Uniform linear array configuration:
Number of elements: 24
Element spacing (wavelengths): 0.5
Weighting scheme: hann
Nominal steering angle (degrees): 45
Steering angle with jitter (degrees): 43.418
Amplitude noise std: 0.05
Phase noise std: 0.05

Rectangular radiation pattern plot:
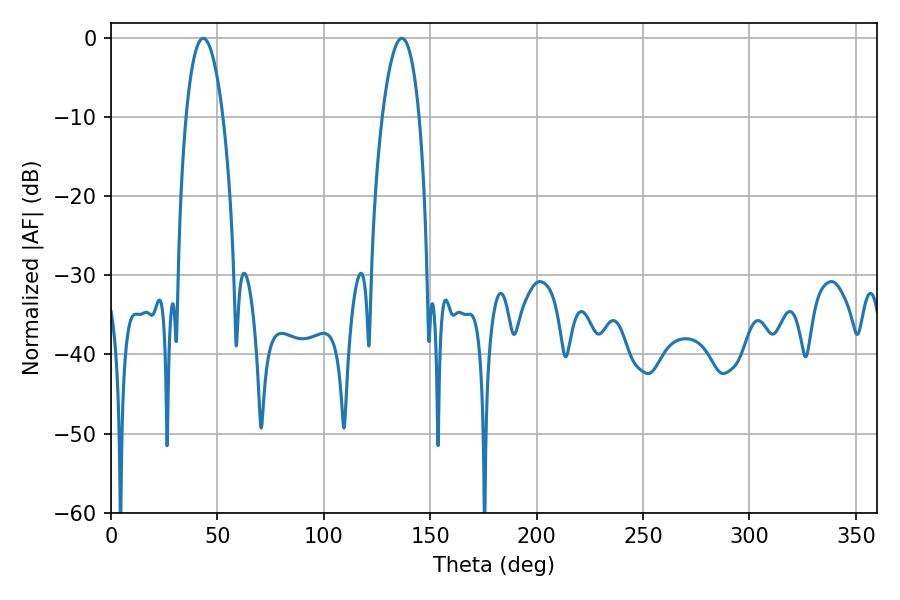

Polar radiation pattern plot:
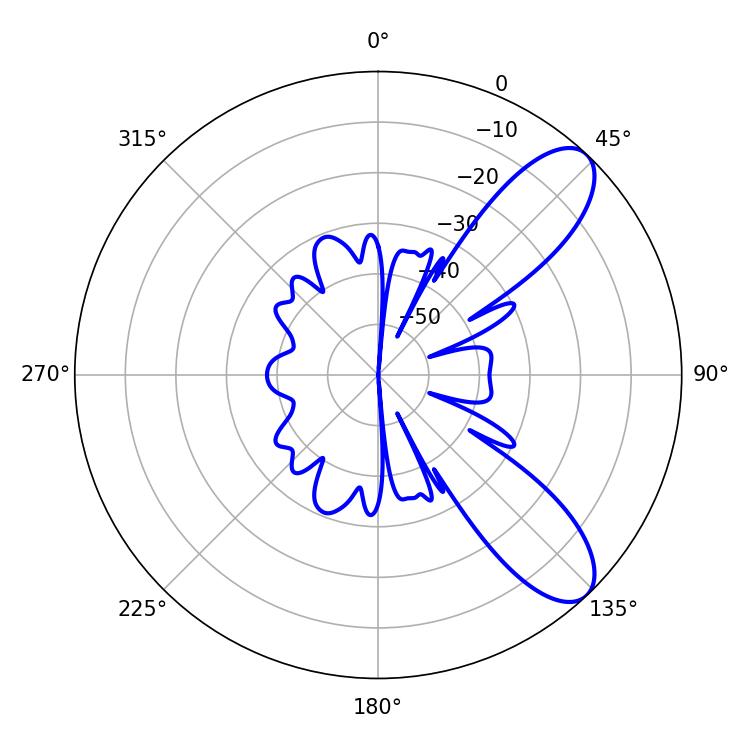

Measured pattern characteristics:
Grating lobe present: FALSE
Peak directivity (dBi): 9.071
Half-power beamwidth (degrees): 9.72
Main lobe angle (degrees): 43.38